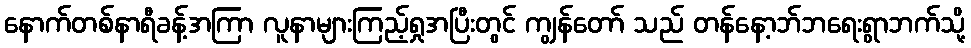
နောက်တစ်နာရီခန့်အကြာ လူနာများကြည့်ရှုအပြီးတွင် ကျွန်တော် သည် တန်နော့ဘ်ဘရေးရွာဘက်သို့